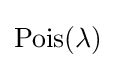
\mathrm {Pois} (\lambda )